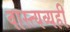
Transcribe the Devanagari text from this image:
वास्त्यव्यही